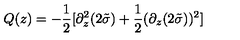
Q ( z ) = - \frac { 1 } { 2 } [ \partial _ { z } ^ { 2 } ( 2 \tilde { \sigma } ) + \frac { 1 } { 2 } ( \partial _ { z } ( 2 \tilde { \sigma } ) ) ^ { 2 } ]